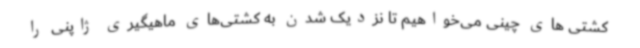
کشتی های چینی می‌خواهیم تا نزدیک شدن به کشتی‌های ماهیگیری ژاپنی را